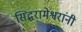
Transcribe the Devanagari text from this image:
सिद्धरामेश्वरांनी